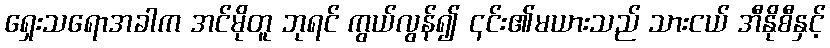
ရှေးသရောအခါက အင်မိုတူ ဘုရင် ကွယ်လွန်၍ ၎င်း၏မယားသည် သားငယ် အီနိုစီနှင့်